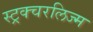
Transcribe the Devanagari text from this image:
स्ट्रक्चरलिज्म